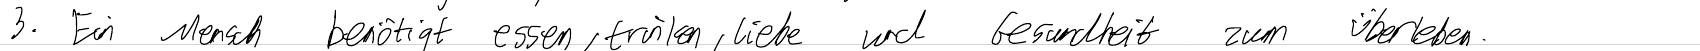
3. Ein Mensch benötigt essen, trinken, liebe und Gesundheit zum Überleben.